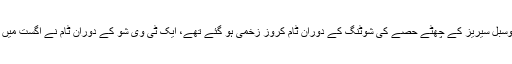
لاس اینجلس: ایکشن فلم مشن امپوسبل سیریز کے چھٹے حصے کی شوٹنگ کے دوران ٹام کروز زخمی ہو گئے تھے، ایک ٹی وی شو کے دوران ٹام نے اگست میں ہوئے حادثے کی ویڈیو دکھائی۔